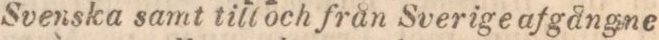
Svenska samt till och från Sverige afgångne